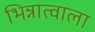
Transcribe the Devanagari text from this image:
भिन्नात्वाला